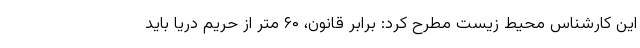
این کارشناس محیط زیست مطرح کرد: برابر قانون، ۶۰ متر از حریم دریا باید